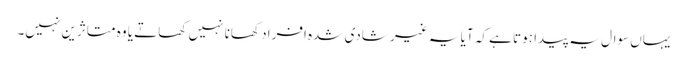
یہاں سوال یہ پیدا ہوتا ہے کہ آیا یہ غیر شادی شدہ افراد کھانا نہیں کھاتے یا وہ متاثرین نہیں۔